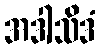
အဒါသိဒံ